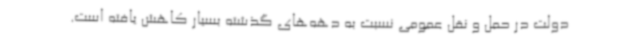
دولت در حمل و نقل عمومی نسبت به دهه‌های گذشته بسیار کاهش یافته است.